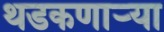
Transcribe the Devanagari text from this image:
थडकणार्‍या